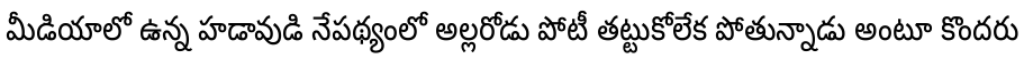
మీడియాలో ఉన్న హడావుడి నేపథ్యంలో అల్లరోడు పోటీ తట్టుకోలేక పోతున్నాడు అంటూ కొందరు